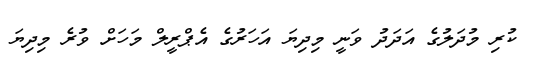
ކުރި މުދަލުގެ އަދަދު ވަނީ މިދިޔަ އަހަރުގެ އެޕްރީލް މަހަށް ވުރެ މިދިޔަ